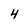
Character: 4